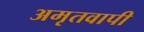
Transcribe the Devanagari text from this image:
अमृतवापी